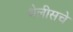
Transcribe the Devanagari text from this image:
थेलीसचे